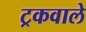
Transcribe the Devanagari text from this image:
ट्रकवाले